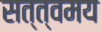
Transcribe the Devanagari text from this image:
सत्त्वमय